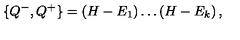
\{ Q ^ { - } , Q ^ { + } \} = \left( H - E _ { 1 } \right) \ldots \left( H - E _ { k } \right) ,